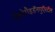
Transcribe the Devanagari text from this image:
ऐस्टेरौइडॅनगुऍरटॅल